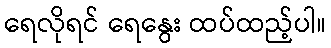
ရေလိုရင် ရေနွေး ထပ်ထည့်ပါ။